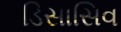
ડિસાસિવ